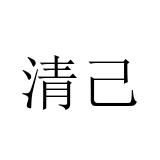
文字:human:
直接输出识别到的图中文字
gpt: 清己